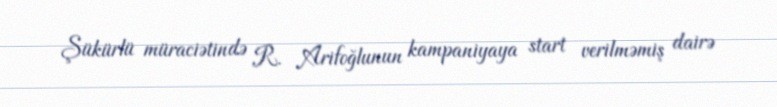
Şükürlü müraciətində R. Arifoğlunun kampaniyaya start verilməmiş dairə